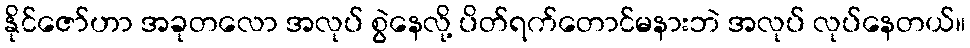
နိုင်ဇော်ဟာ အခုတလော အလုပ် စွဲနေလို့ ပိတ်ရက်တောင်မနားဘဲ အလုပ် လုပ်နေတယ်။